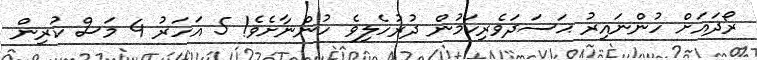
ރޯދައަށް ހުންނައިރު ޙަސަދަވެރިކަމުން ދުރުހެލިވެ ހުންނާށެވެ! 5 އަހަރު 4 މަސް ކުރިން